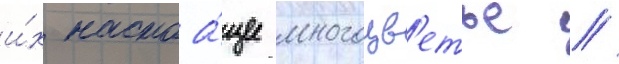
и́х настоа́щее многоцв'етье //